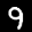
Label: 9